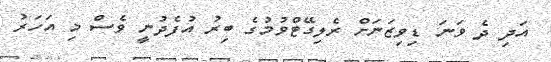
އަދި ދެ ވަނަ ޑިވިޒަނަށް ރެލިގޭޓްވުމުގެ ބިރު އުފެދުނީ ވެސް މި އަހަރު